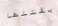
بقتلها